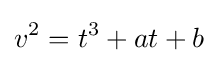
v^{2}=t^{3}+at+b